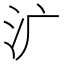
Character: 㲿